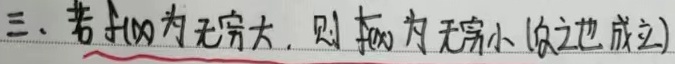
三、若\(f(x)\)为无穷大，则\(\frac{1}{f(x)}\)为无穷小（反之也成立）